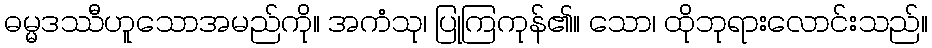
ဓမ္မဒဿီဟူသောအမည်ကို။ အကံသု၊ ပြုကြကုန်၏။ သော၊ ထိုဘုရားလောင်းသည်။